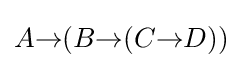
A{\to }(B{\to }(C{\to }D))